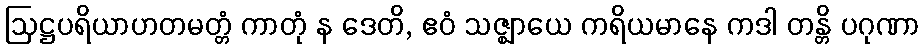
ဩဋ္ဌပရိယာဟတမတ္တံ ကာတုံ န ဒေတိ, ဧဝံ သဇ္ဈာယေ ကရိယမာနေ ကဒါ တန္တိ ပဂုဏာ